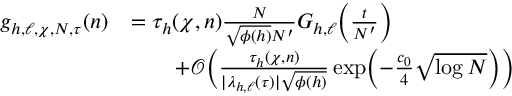
\begin{array} { r l } { g _ { h , \ell , \chi , N , \tau } ( n ) } & { = \tau _ { h } ( \chi , n ) \frac { N } { \sqrt { \phi ( h ) } N ^ { \prime } } G _ { h , \ell } \Bigl ( \frac { t } { N ^ { \prime } } \Bigr ) } \\ & { \qquad + \mathcal { O } \biggl ( \frac { \tau _ { h } ( \chi , n ) } { | \lambda _ { h , \ell } ( \tau ) | \sqrt { \phi ( h ) } } \exp \Bigl ( - \frac { c _ { 0 } } { 4 } \sqrt { \log N } \Bigr ) \biggr ) } \end{array}